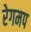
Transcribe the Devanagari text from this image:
रेगमप